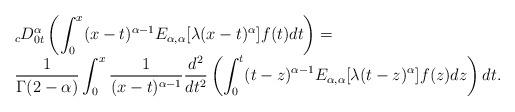
LaTeX: \begin{align*}\begin{array}{l}\displaystyle{_cD_{0t}^{\alpha}\left(\int_0^x (x-t)^{\alpha-1}E_{\alpha, \alpha}[\lambda(x-t)^{\alpha}]f(t)dt\right) =}\\ \displaystyle{\frac{1}{\Gamma(2-\alpha)}\int_0^x\frac{1}{(x-t)^{\alpha-1}}\frac{d^2}{dt^2}\left(\int_0^t (t-z)^{\alpha-1}E_{\alpha, \alpha}[\lambda(t-z)^{\alpha}]f(z)dz\right)dt.}\end{array}\end{align*}